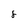
Character: 8